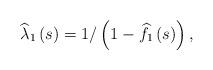
LaTeX: \begin{align*}\widehat{\lambda }_{1}\left( s\right) =1/\left( 1-\widehat{f}_{1}\left(s\right) \right) , \end{align*}